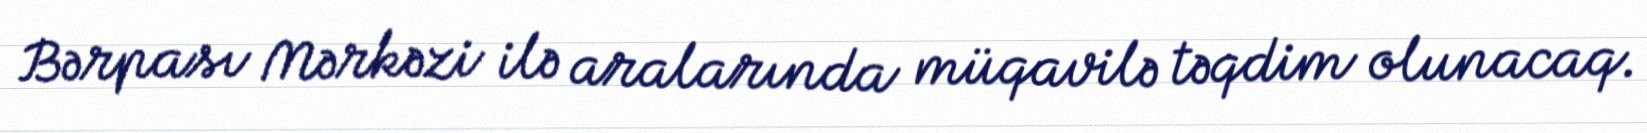
Bərpası Mərkəzi ilə aralarında müqavilə təqdim olunacaq.